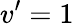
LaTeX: v’=1